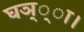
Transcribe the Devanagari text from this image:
घञ््‌ा।